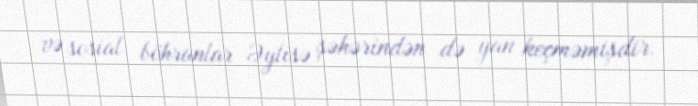
və sosial böhranlar Əylisə şəhərindən də yan keçməmişdir.